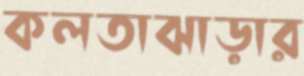
কলতাঝাড়ার